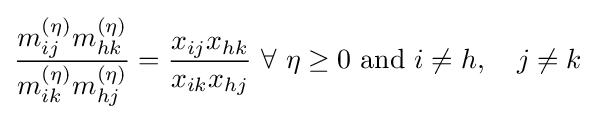
{\frac {m_{ij}^{(\eta )}m_{hk}^{(\eta )}}{m_{ik}^{(\eta )}m_{hj}^{(\eta )}}}={\frac {x_{ij}x_{hk}}{x_{ik}x_{hj}}}\ \forall \ \eta \geq 0{\text{ and }}i\neq h,\quad j\neq k